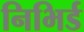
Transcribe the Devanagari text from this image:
निभिर्ड